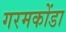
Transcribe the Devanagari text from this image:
गरमकोंडा